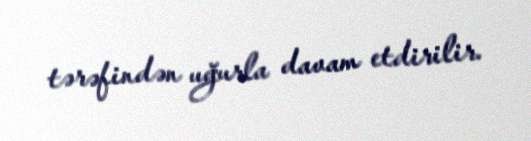
tərəfindən uğurla davam etdirilir.